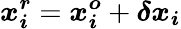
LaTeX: \boldsymbol{x_{i}^{r}}=\boldsymbol{x_{i}^{o}}+\boldsymbol{\delta x_{i}}